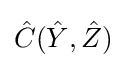
{\hat {C}}({\hat {Y}},{\hat {Z}})